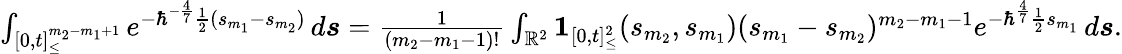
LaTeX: \begin{array}{r}{\int_{[0,t]_{\leq}^{m_{2}-m_{1}+1}}e^{-\hbar^{-\frac{4}{7}}\frac{1}{2}(s_{m_{1}}-s_{m_{2}})}\, d\boldsymbol{s}=\frac{1}{(m_{2}-m_{1}-1)!}\int_{\mathbb{R}^{2}}\boldsymbol{1}_{[0,t]_{\leq}^{2}}(s_{m_{2}},s_{m_{1}})(s_{m_{1}}-s_{m_{2}})^{m_{2}-m_{1}-1}e^{-\hbar^{\frac{4}{7}}\frac{1}{2}s_{m_{1}}}\, d\boldsymbol{s}.}\end{array}